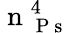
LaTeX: \mathrm{~n~}_{\mathrm{~P~s~}}^{4}